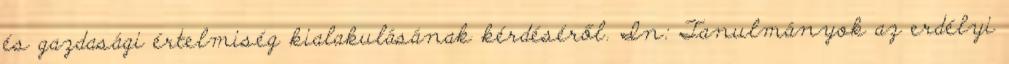
és gazdasági értelmiség kialakulásának kérdéséről. In: Tanulmányok az erdélyi